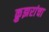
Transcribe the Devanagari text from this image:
क्रुझरांचा